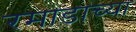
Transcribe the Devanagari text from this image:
रमाडाच्या